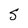
Character: S